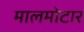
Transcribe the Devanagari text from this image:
मालमोटार